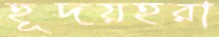
হূদয়হরা